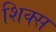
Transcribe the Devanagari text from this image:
शिक्स